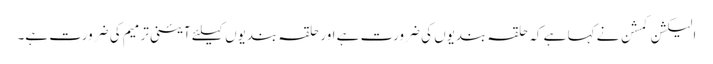
الیکشن کمشن نے کہا ہے کہ حلقہ بندیوں کی ضرورت ہے اور حلقہ بندیوں کیلئے آئینی ترمیم کی ضرورت ہے۔